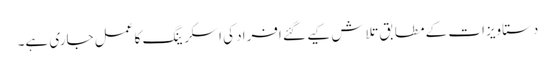
دستاویزات کے مطابق تلاش کیے گئے افراد کی اسکرینگ کا عمل جاری ہے۔